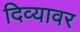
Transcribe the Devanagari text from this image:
दिव्यावर